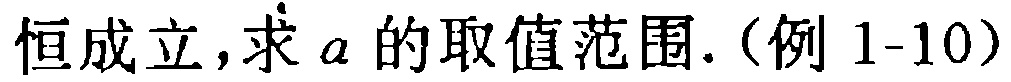
恒成立，求\(a\)的取值范围.（例1-10）